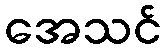
အေသင်